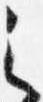
之